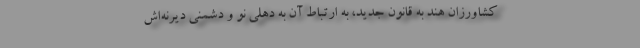
کشاورزان هند به قانون جدید، به ارتباط آن به دهلی نو و دشمنی دیرنه‌اش